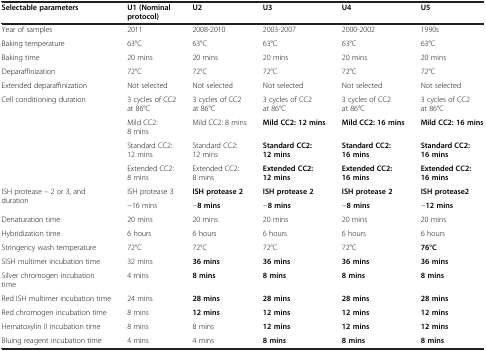
<table><thead><tr><td><b>Selectable parameters</b></td><td><b>U1 (Nominal protocol)</b></td><td><b>U2</b></td><td><b>U3</b></td><td><b>U4</b></td><td><b>U5</b></td></tr></thead><tbody><tr><td>Year of samples</td><td>2011</td><td>2008-2010</td><td>2003-2007</td><td>2000-2002</td><td>1990s</td></tr><tr><td>Baking temperature</td><td>63°C</td><td>63°C</td><td>63°C</td><td>63°C</td><td>63°C</td></tr><tr><td>Baking time</td><td>20 mins</td><td>20 mins</td><td>20 mins</td><td>20 mins</td><td>20 mins</td></tr><tr><td>Deparaffinization</td><td>72°C</td><td>72°C</td><td>72°C</td><td>72°C</td><td>72°C</td></tr><tr><td>Extended deparaffinization</td><td>Not selected</td><td>Not selected</td><td>Not selected</td><td>Not selected</td><td>Not selected</td></tr><tr><td rowspan="4">Cell conditioning duration</td><td>3 cycles of CC2 at 86°C</td><td>3 cycles of CC2 at 86°C</td><td>3 cycles of CC2 at 86°C</td><td>3 cycles of CC2 at 86°C</td><td>3 cycles of CC2 at 86°C</td></tr><tr><td>Mild CC2: 8 mins</td><td>Mild CC2: 8 mins</td><td><b>Mild CC2: 12 mins</b></td><td><b>Mild CC2: 16 mins</b></td><td><b>Mild CC2: 16 mins</b></td></tr><tr><td>Standard CC2: 12 mins</td><td>Standard CC2: 12 mins</td><td><b>Standard CC2: 12 mins</b></td><td><b>Standard CC2: 16 mins</b></td><td><b>Standard CC2: 16 mins</b></td></tr><tr><td>Extended CC2: 8 mins</td><td>Extended CC2: 8 mins</td><td><b>Extended CC2: 12 mins</b></td><td><b>Extended CC2: 16 mins</b></td><td><b>Extended CC2: 16 mins</b></td></tr><tr><td rowspan="2">ISH protease – 2 or 3, and duration</td><td>ISH protease 3</td><td><b>ISH protease 2</b></td><td><b>ISH protease 2</b></td><td><b>ISH protease 2</b></td><td><b>ISH protease2</b></td></tr><tr><td>-16 mins</td><td>-<b>8 mins</b></td><td>-<b>8 mins</b></td><td>-<b>8 mins</b></td><td>-<b>12 mins</b></td></tr><tr><td>Denaturation time</td><td>20 mins</td><td>20 mins</td><td>20 mins</td><td>20 mins</td><td>20 mins</td></tr><tr><td>Hybridization time</td><td>6 hours</td><td>6 hours</td><td>6 hours</td><td>6 hours</td><td>6 hours</td></tr><tr><td>Stringency wash temperature</td><td>72°C</td><td>72°C</td><td>72°C</td><td>72°C</td><td><b>76°C</b></td></tr><tr><td>SISH multimer incubation time</td><td>32 mins</td><td><b>36 mins</b></td><td><b>36 mins</b></td><td><b>36 mins</b></td><td><b>36 mins</b></td></tr><tr><td>Silver chromogen incubation time</td><td>4 mins</td><td><b>8 mins</b></td><td><b>8 mins</b></td><td><b>8 mins</b></td><td><b>8 mins</b></td></tr><tr><td>Red ISH multimer incubation time</td><td>24 mins</td><td><b>28 mins</b></td><td><b>28 mins</b></td><td><b>28 mins</b></td><td><b>28 mins</b></td></tr><tr><td>Red chromogen incubation time</td><td>8 mins</td><td><b>12 mins</b></td><td><b>12 mins</b></td><td><b>12 mins</b></td><td><b>12 mins</b></td></tr><tr><td>Hematoxylin II incubation time</td><td>8 mins</td><td>8 mins</td><td><b>12 mins</b></td><td><b>12 mins</b></td><td><b>12 mins</b></td></tr><tr><td>Bluing reagent incubation time</td><td>4 mins</td><td>4 mins</td><td><b>8 mins</b></td><td><b>8 mins</b></td><td><b>8 mins</b></td></tr></tbody></table>